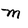
Character: m